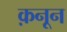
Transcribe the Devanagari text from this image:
क़नून